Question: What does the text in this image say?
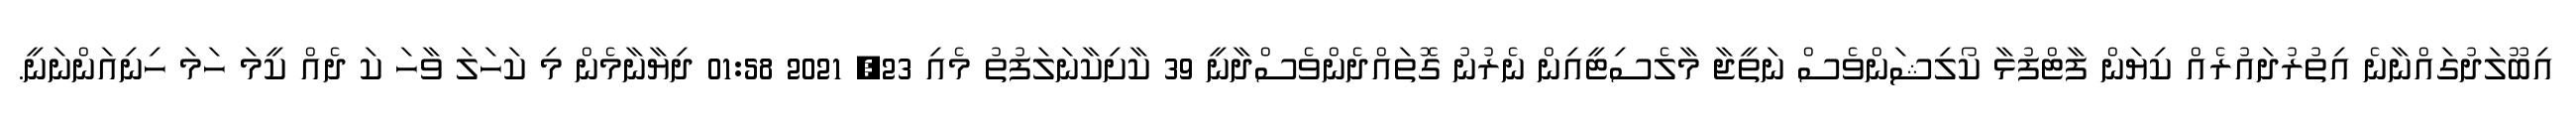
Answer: އިބޫލަދުގައްނާނެ އިތުރުދައުރެއް ކިޔަން ފާޓްފުޅާ ކޯލިޝަންވެސް ނަތީޖާ މާލެސިޓީއިން ނެރުނު ގޮތައްދެންވެސްދާނީ 39 ކާށިކާނަލަފުތު މެއި 23, 2021 01:58 ދިޔާނާމެން މި ކަހަލަ ވާހަ ކަ ދެއް ކީމަ ހަމަ ހިނިއަންނަނީ.